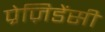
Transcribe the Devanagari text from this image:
प्रेज़िडेंसी